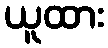
ယူထား